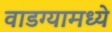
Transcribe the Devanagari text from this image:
वाडग्यामध्ये